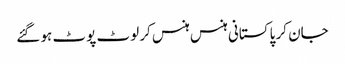
جان کر پاکستانی ہنس ہنس کر لوٹ پوٹ ہو گئے